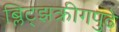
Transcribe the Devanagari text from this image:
ब्लिट्झक्रीगपुढे